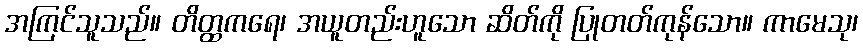
အကြင်သူသည်။ တိတ္ထကရေ၊ အယူတည်းဟူသော ဆိတ်ကို ပြုတတ်ကုန်သော။ ကာမေသု၊